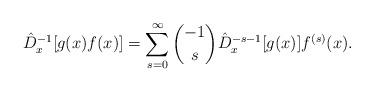
LaTeX: \begin{align*}{\hat{D}_{x}^{-1}} [g(x) f(x) ]= \sum_{s=0}^{\infty} \binom{-1}{s} {\hat{D}_{x}^{-s-1}}[g(x)] f^{(s)}(x). \end{align*}